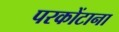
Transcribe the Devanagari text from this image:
परकोंटाना